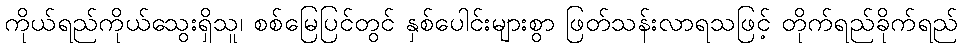
ကိုယ်ရည်ကိုယ်သွေးရှိသူ၊ စစ်မြေပြင်တွင် နှစ်ပေါင်းများစွာ ဖြတ်သန်းလာရသဖြင့် တိုက်ရည်ခိုက်ရည်